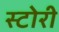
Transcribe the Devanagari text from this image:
स्‍टोरी